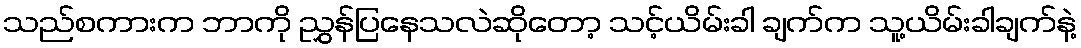
သည်စကားက ဘာကို ညွှန်ပြနေသလဲဆိုတော့ သင့်ယိမ်းခါ ချက်က သူ့ယိမ်းခါချက်နဲ့